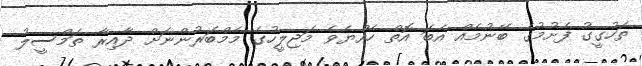
ތަހުގީގު ފެށުމުގެ ބޭނުމެއް އެބަ އޮތް ހެއްޔެވެ މަޖިލީހުގެ މެމްބަރުންނަށް ދާއިރާ ތަމްސީލު